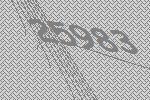
25983